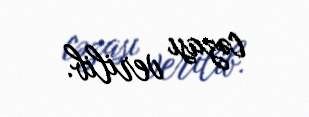
cəzası verilib.